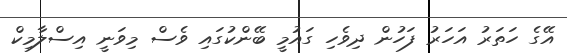
އޭގެ ހަތަރު އަހަރު ފަހުން ދިވެހި ގައުމީ ބޭންކުގައި ވެސް މިވަނީ އިސްލާމިކް